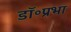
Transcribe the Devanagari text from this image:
डॉ॰प्रभा